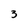
Character: 3